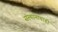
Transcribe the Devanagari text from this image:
संस्थानाचाही